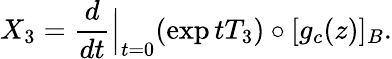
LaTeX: X_{3}=\frac{d}{dt}{\Big\vert}_{t=0}(\exp tT_{3})\circ[g_{c}(z)]_{B}.